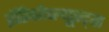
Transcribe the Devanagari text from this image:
इंडिकोप्ल्यूस्ट्स